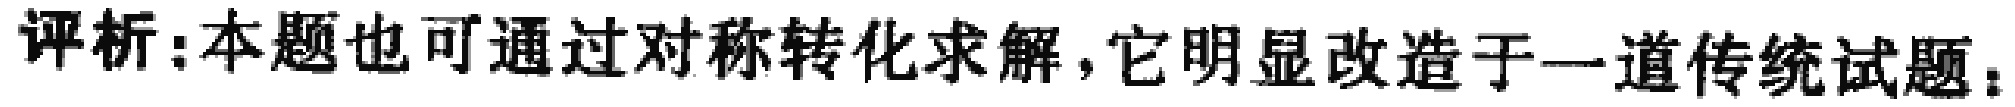
评析:本题也可通过对称转化求解，它明显改造于一道传统试题：